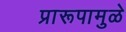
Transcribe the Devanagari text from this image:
प्रारूपामुळे